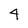
Character: 4